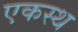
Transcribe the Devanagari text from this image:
एकस्थ